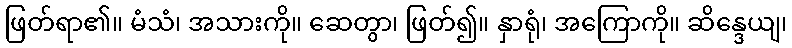
ဖြတ်ရာ၏။ မံသံ၊ အသားကို။ ဆေတွာ၊ ဖြတ်၍။ နှာရုံ၊ အကြောကို။ ဆိန္ဒေယျ၊